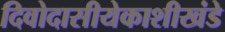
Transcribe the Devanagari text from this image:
दिवोदासीयेकाशीखंडे